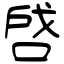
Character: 啔